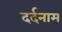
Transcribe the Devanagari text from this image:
दर्दनाम